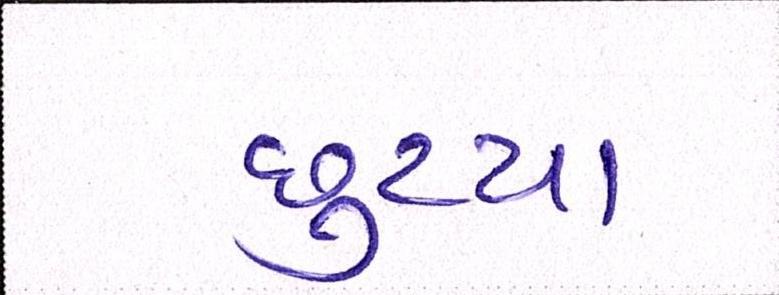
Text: છુટયા